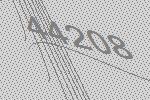
44208